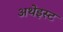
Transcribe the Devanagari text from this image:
अथेइस्ट